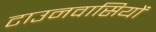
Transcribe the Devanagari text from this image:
टाउनवासियों